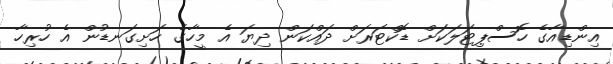
އިންޑިއާގެ ހޮސްޕިޓަލަކަށް ޑޮކްޓަރަށް ދައްކަން ދިޔަ އެ މީހާގެ ހަށިގަނޑުން އެ ހުރިހާ